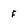
Character: f